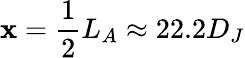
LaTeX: \mathbf{x}=\frac{{1}}{{2}}L_{A}\approx22.2D_{J}